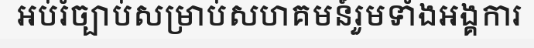
អប់រំច្បាប់សម្រាប់សហគមន៍រួមទាំងអង្គការ